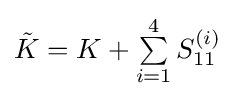
{\textstyle {\tilde {K}}=K+\sum \limits _{i=1}^{4}S_{11}^{(i)}}